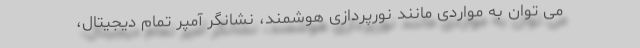
می توان به مواردی مانند نورپردازی هوشمند، نشانگر آمپر تمام دیجیتال،